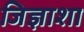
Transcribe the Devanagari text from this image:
जिज्ञाशा